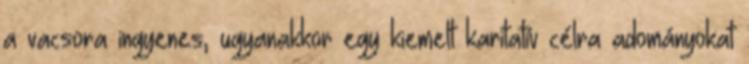
a vacsora ingyenes, ugyanakkor egy kiemelt karitatív célra adományokat